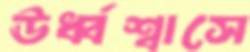
ঊর্ধ্বশ্বাসে